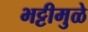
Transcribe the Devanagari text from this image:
भट्टीमुळे